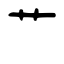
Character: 艹